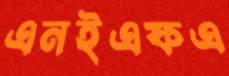
এনইএফএ